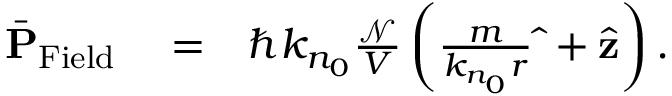
\begin{array} { r l r } { \bar { \bf P } _ { \mathrm { F i e l d } } } & { { } = } & { \hbar k _ { n _ { 0 } } \frac { \mathcal N } { V } \left( \frac { m } { k _ { n _ { 0 } } r } \hat { \bf \Phi } + \hat { \bf z } \right) . } \end{array}